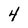
Character: 4